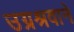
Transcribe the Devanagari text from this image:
उग्रश्रवाने